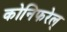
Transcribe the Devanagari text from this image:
कोनिफरेल्